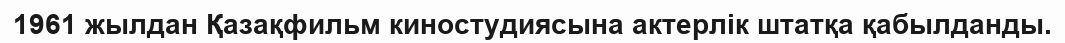
1961 жылдан Қазақфильм киностудиясына актерлік штатқа қабылданды.